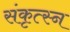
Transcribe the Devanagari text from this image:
संकृत्स्न